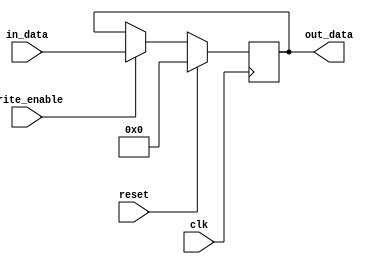
`timescale 1ns / 1ps
//////////////////////////////////////////////////////////////////////////////////
// Company: 
// Engineer: 
// 
// Design Name: 
// Module Name: register_32bit
// Project Name: 
// Target Devices: 
// Tool Versions: 
// Description: 
// 
// Dependencies: 
// 
// Revision:
// Revision 0.01 - File Created
// Additional Comments:
// 
//////////////////////////////////////////////////////////////////////////////////


module register_32bit(
    input clk,
    input reset,
    input write_enable,
    input [31:0] in_data,
    output reg [31:0] out_data
    );
    
    initial begin
        out_data = 0;
    end
    
    always @ (posedge clk) begin
        if(reset)
            out_data <= 0;
        else begin
            if(write_enable)
                out_data <= in_data;
        end
    end              
endmodule